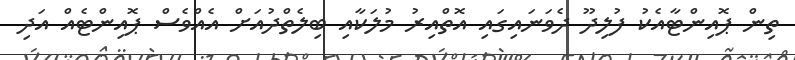
ތިން ޕޮއިންޓާއެކު ފުލިދޫ ދެވަނައިގައި އޮތްއިރު މުލަކާއި ބިލެތްދުއަށް އެއްވެސް ޕޮއިންޓެއް އަދި